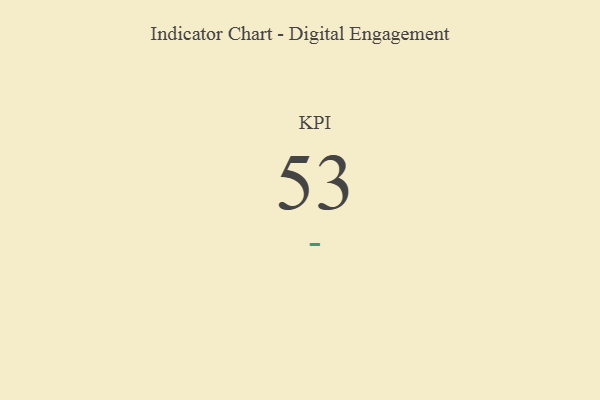
{"axis": {"x": "KPI", "y": "Value"}, "legend": [""], "data": [{"x": "KPI", "y": 53, "type": ""}]}